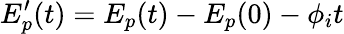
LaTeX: E_{p}^{\prime}(t)=E_{p}(t)-E_{p}(0)-\phi_{i}t